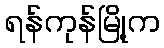
ရန်ကုန်မြို့က